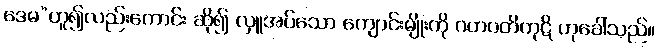
ဒေမ”ဟူ၍လည်းကောင်း ဆို၍ လှူအပ်သော ကျောင်းမျိုးကို ဂဟပတိကုဋိ ဟုခေါ်သည်။